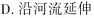
D.沿河流延伸